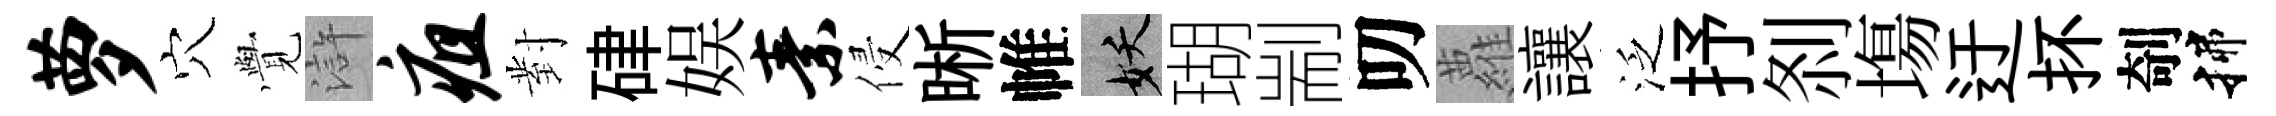
萝穴𮗜滸疽對硉娱素侵晰帷妖瑚剬叨蘿讓泛抒𠛴塲迂抔剞揲